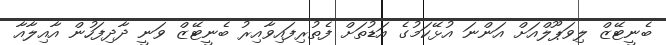
ބެނީޓޭޒް ލިވަޕޫލްއަށް އަންނަ އުޅޭކަމުގެ އަޑުތަށް ފެތުރިފައިވާއިރު ބެނީޓޭޒް ވަނީ ދާދިފަހުން އާއިލާއާ